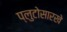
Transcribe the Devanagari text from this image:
प्लुटोसारखे